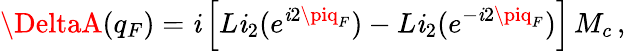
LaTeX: \DeltaA(q_{F})=\mathit{i}\left[L\mathit{i}_{2}(e^{\mathit{i}2\piq_{F}})-L\mathit{i}_{2}(e^{-\mathit{i}2\piq_{F}})\right]\, M_{c}\, ,